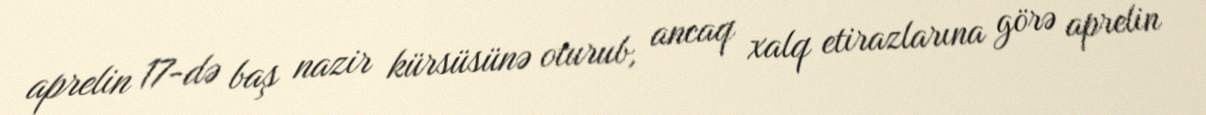
aprelin 17-də baş nazir kürsüsünə oturub, ancaq xalq etirazlarına görə aprelin